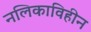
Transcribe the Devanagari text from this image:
नलिकाविहीन